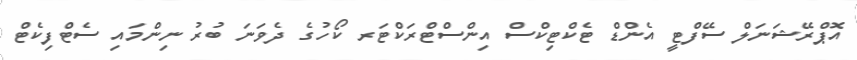
އޮޕްރޭޝަނަލް ސޭފްޓީ އެންޑް ޓެކްޓިކްސް އިންސްޓްރަކްޓަރ ކޯހުގެ ދެވަނަ ބުރު ނިންމައި ސެޓްފިކެޓް